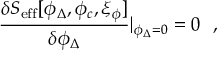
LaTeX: \frac { \delta S _ { \mathrm { e f f } } [ \phi _ { \Delta } , \phi _ { c } , \xi _ { \phi } ] } { \delta \phi _ { \Delta } } | _ { \phi _ { \Delta } = 0 } = 0 ~ ~ ,